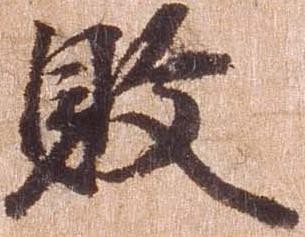
敗